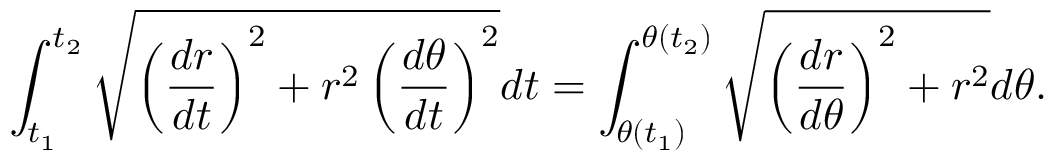
\int _ { t _ { 1 } } ^ { t _ { 2 } } { \sqrt { \left( { \frac { d r } { d t } } \right) ^ { 2 } + r ^ { 2 } \left( { \frac { d \theta } { d t } } \right) ^ { 2 } } } d t = \int _ { \theta ( t _ { 1 } ) } ^ { \theta ( t _ { 2 } ) } { \sqrt { \left( { \frac { d r } { d \theta } } \right) ^ { 2 } + r ^ { 2 } } } d \theta .